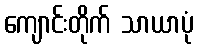
ကျောင်းတိုက် သာယာပုံ